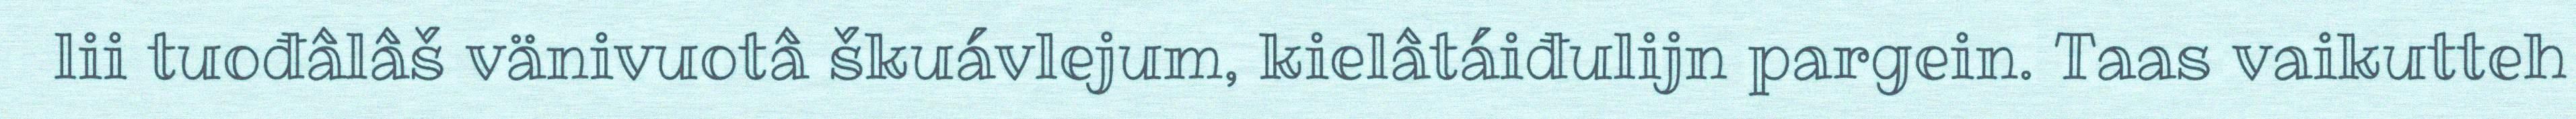
lii tuođâlâš vänivuotâ škuávlejum, kielâtáiđulijn pargein. Taas vaikutteh